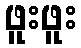
ဖူးဖူး